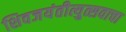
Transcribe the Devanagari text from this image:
शिवजयंतीत्युत्सवाचा